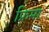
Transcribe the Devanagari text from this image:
फ्रिमा